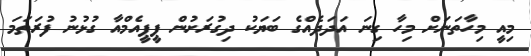
މިއީ މިހާތަނަށް މިހާ ގިނަ އަދަދެއްގެ ބަޔަކު ދިގުރަށުން ޕީޕީއެމްއާ ގުޅުނު ފުރަތަމަ